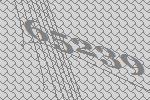
65239